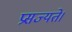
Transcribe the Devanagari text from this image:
प्रसज्यते।